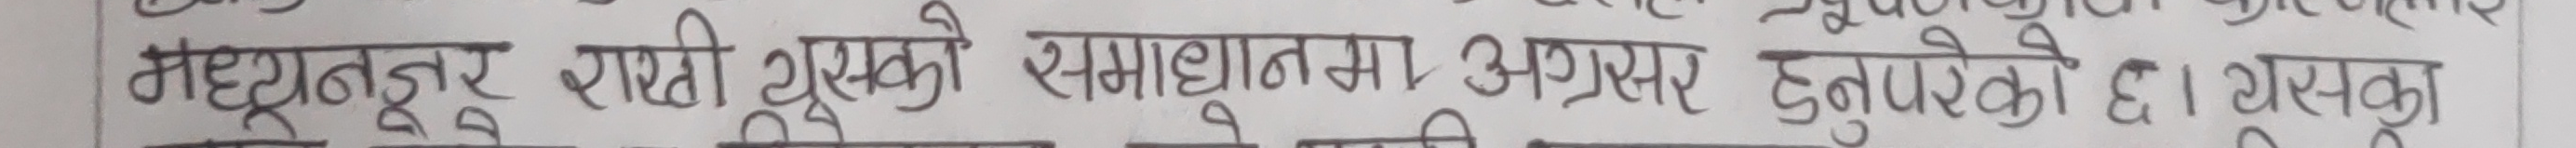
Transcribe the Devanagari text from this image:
महेन्द्रनगर राप्ती युसुको समाधानमा अग्रसर हुनुपरेको छ। यसका